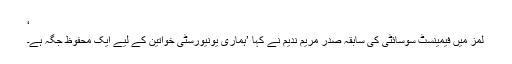
‘
لمز میں فیمینسٹ سوسائٹی کی سابقہ صدر مریم ندیم نے کہا ’ہماری یونیورسٹی خواتین کے لیے ایک محفوظ جگہ ہے۔